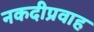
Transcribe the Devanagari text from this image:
नकदीप्रवाह